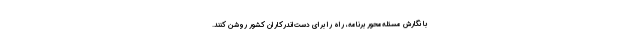
با نگارش مسئله‌محور برنامه، راه را برای دست‌اندرکاران کشور روشن کنند.